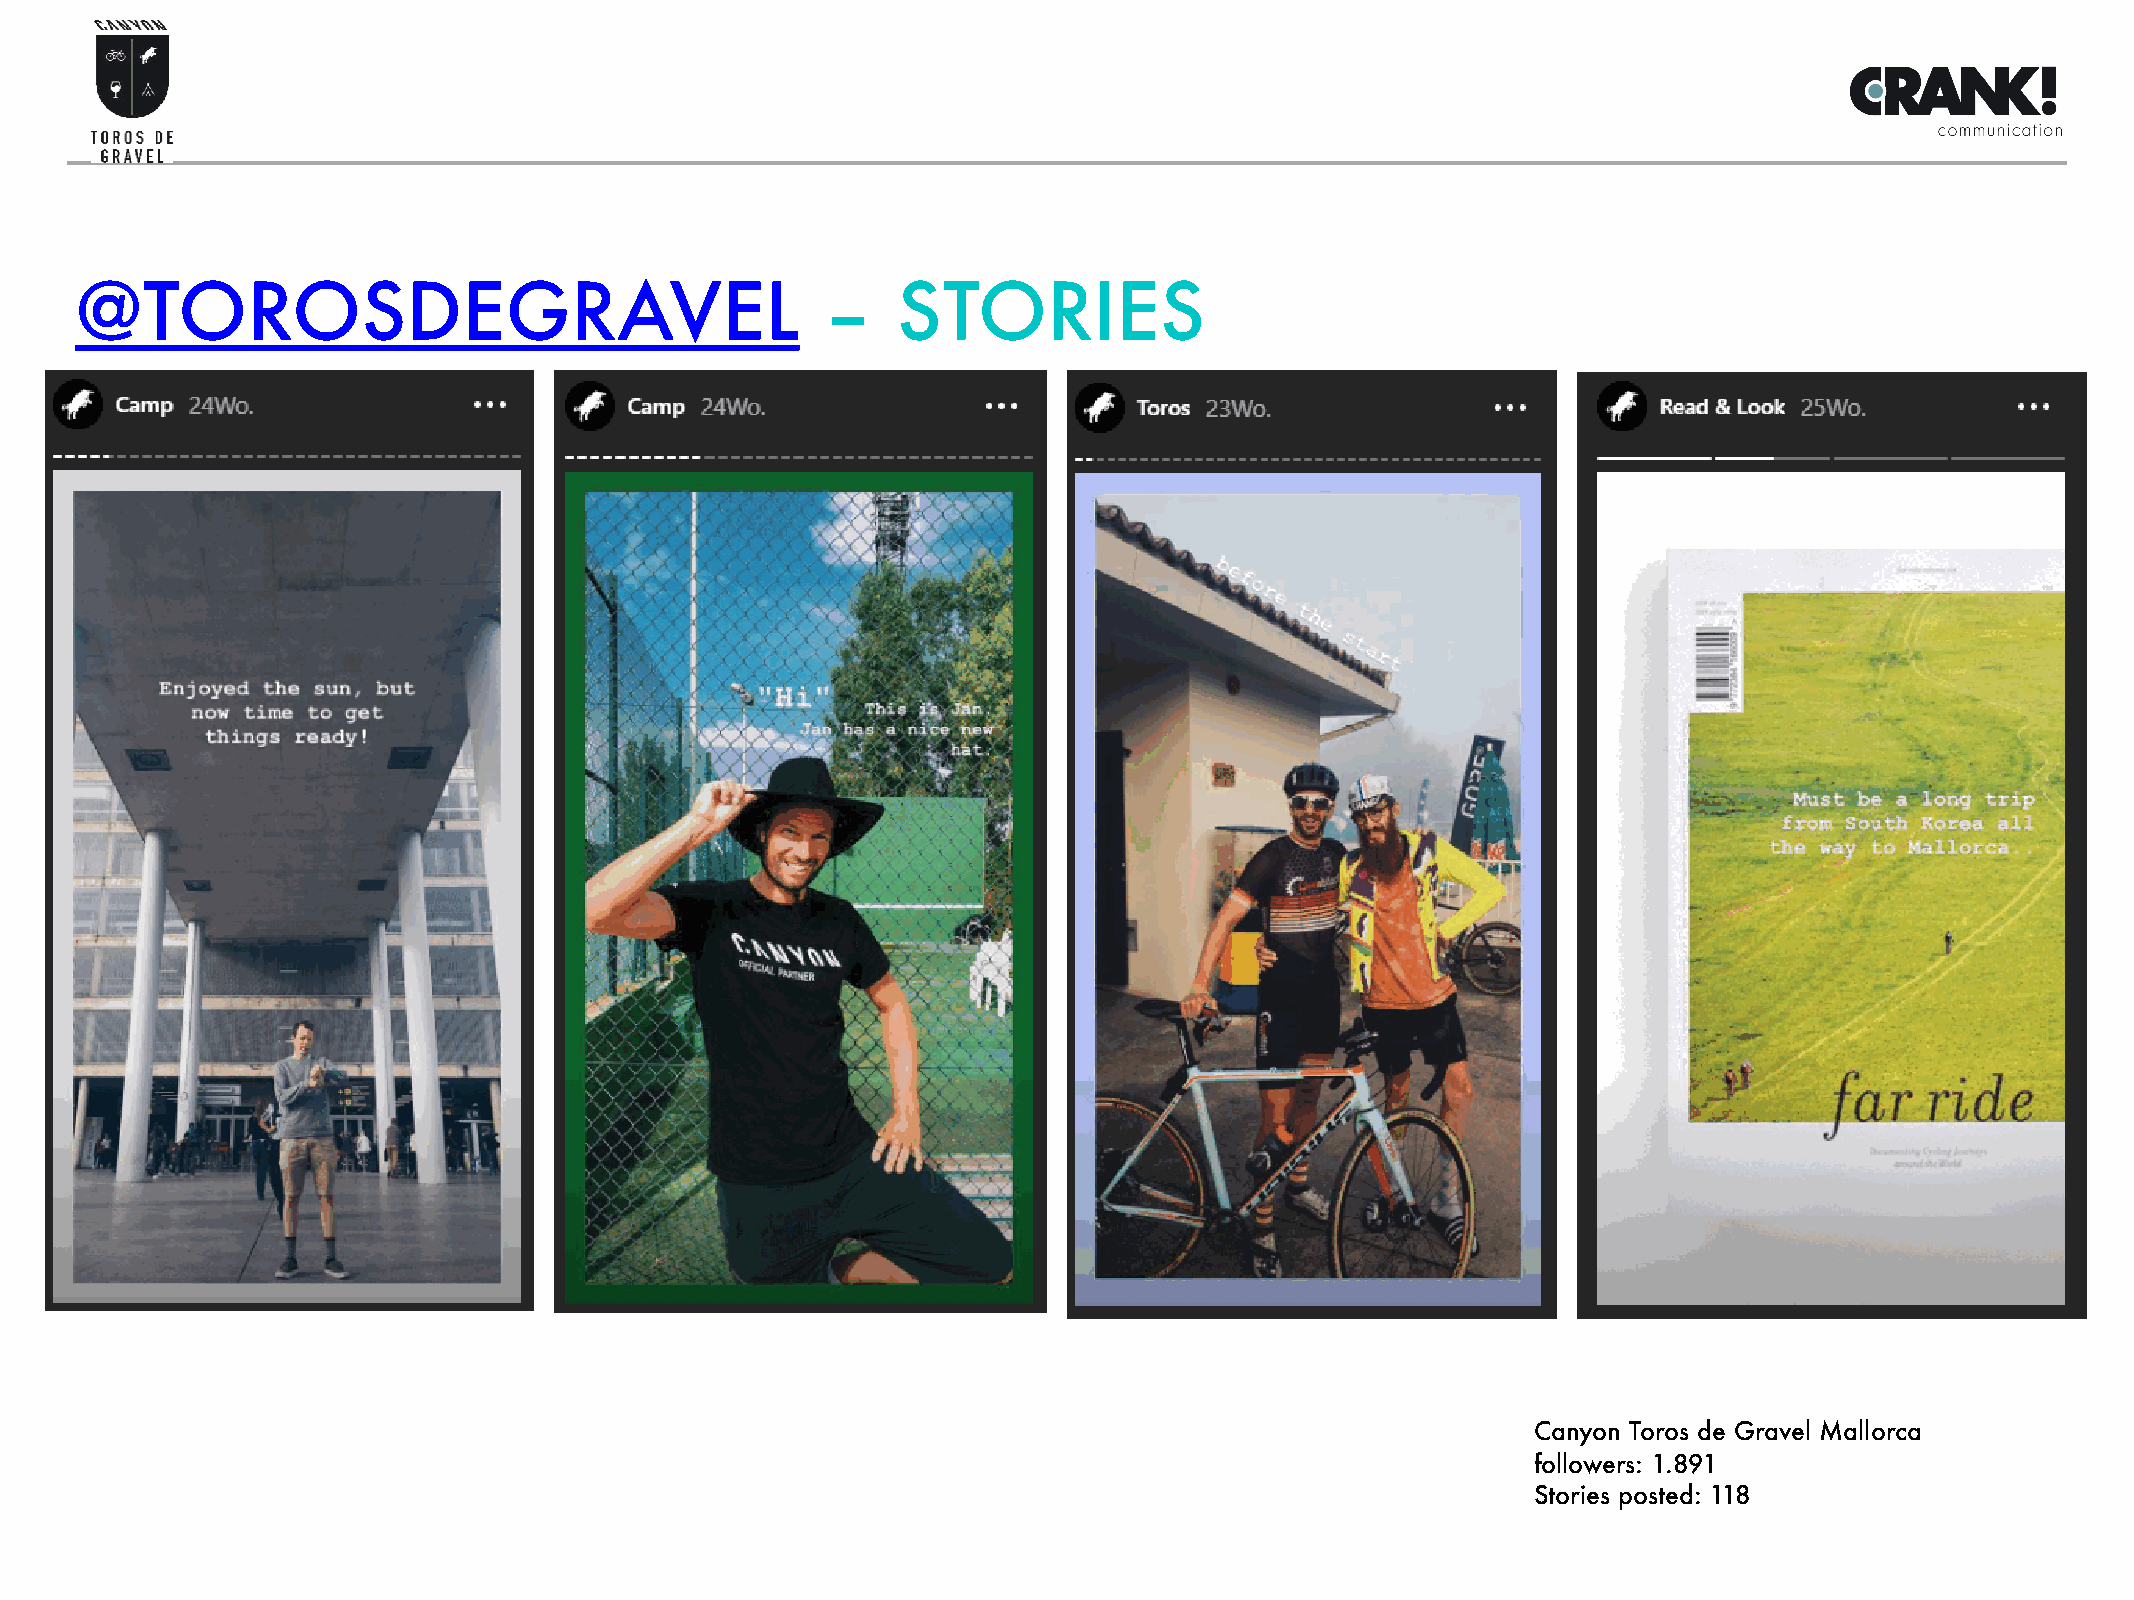
@TOROSDEGRAVEL                                   –    STORIES
 Canyon Toros de Gravel Mallorca
 followers: 1.891
 Stories posted: 118